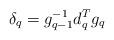
LaTeX: \begin{align*}\delta_q = g_{q-1}^{-1} d_q^{T} g_{q} \end{align*}